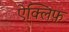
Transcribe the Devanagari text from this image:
ऐक्लिफ़